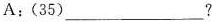
A:(35)___?